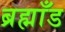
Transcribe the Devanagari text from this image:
ब्रह्माँड